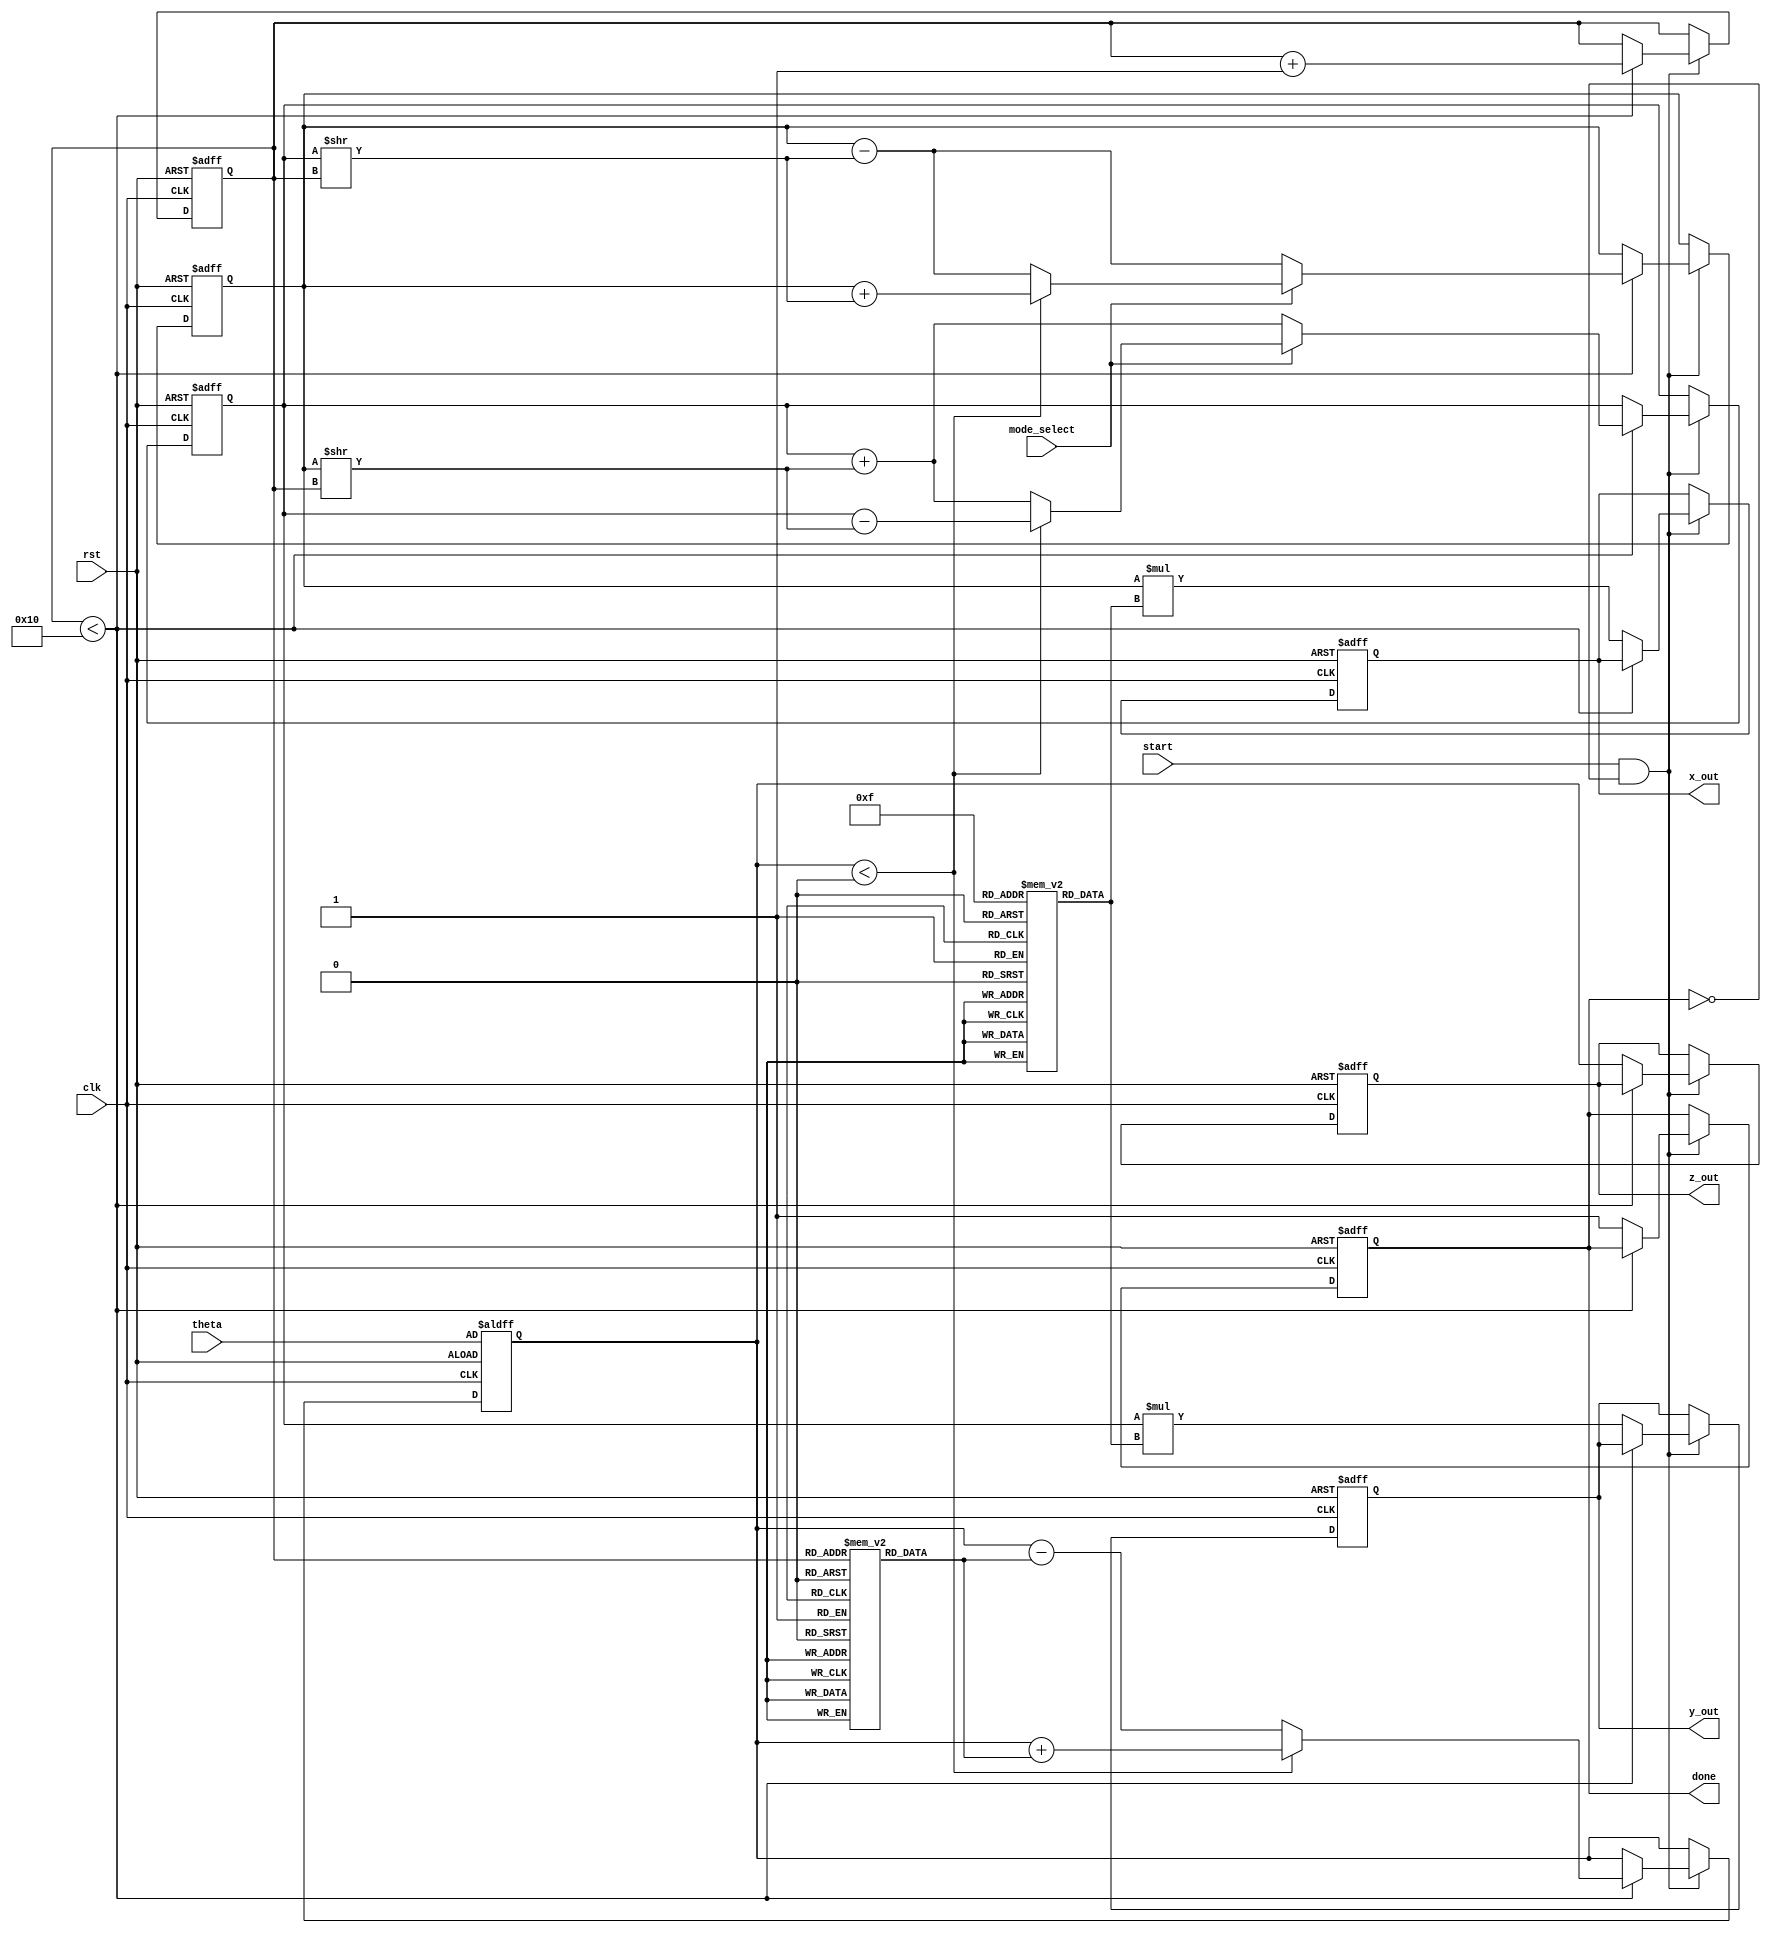
module cordic (
    input wire clk,
    input wire rst,
    input wire start,
    input wire mode_select, // 0 for rotation, 1 for vectoring
    input wire [31:0] theta, // Angle input in radians (fixed-point representation)
    output reg [31:0] x_out, // X output
    output reg [31:0] y_out, // Y output
    output reg [31:0] z_out, // Z output (only for vectoring)
    output reg done // Operation done signal
);

    // Parameters
    parameter N = 16; // Number of iterations
    parameter FIXED_POINT_FRACTIONAL_BITS = 16; // Fractional bits for fixed-point representation

    // Internal registers
    reg [31:0] x_reg;
    reg [31:0] y_reg;
    reg [31:0] z_reg;
    reg [3:0] iteration; // Iteration counter
    reg [31:0] atan_lut [0:N-1]; // LUT for arctangent values
    reg [31:0] gain_lut [0:N-1]; // LUT for gain values
    reg [31:0] D; // Direction control

    // Initialize LUTs (example values, should be precomputed)
    initial begin
        // Populate atan_lut with precomputed atan(2^-i) values
        atan_lut[0] = 32'h00000000; // atan(1) = 0
        atan_lut[1] = 32'h3F19999A; // atan(0.5) = 0.463647609
        atan_lut[2] = 32'h3E4CCCCD; // atan(0.25) = 0.244978663
        // Continue filling the LUT...
        
        // Populate gain_lut with precomputed gain values
        gain_lut[0] = 32'h00000001; // Gain for 0 iterations
        gain_lut[1] = 32'h3F000000; // Gain for 1 iteration
        gain_lut[2] = 32'h3E800000; // Gain for 2 iterations
        // Continue filling the LUT...
    end

    // State machine for CORDIC operation
    always @(posedge clk or posedge rst) begin
        if (rst) begin
            x_reg <= 32'h00000001; // Initial X value
            y_reg <= 32'h00000000; // Initial Y value
            z_reg <= theta; // Initial angle
            iteration <= 0;
            done <= 0;
            x_out <= 0;
            y_out <= 0;
            z_out <= 0;
        end else if (start && !done) begin
            if (iteration < N) begin
                // Determine direction D based on the current angle z_reg
                if (mode_select == 0) begin // Rotation mode
                    if (z_reg < 0) begin
                        D <= 32'hFFFFFFFF; // -1 for left rotation
                        z_reg <= z_reg + atan_lut[iteration];
                    end else begin
                        D <= 32'h00000001; // +1 for right rotation
                        z_reg <= z_reg - atan_lut[iteration];
                    end
                    // CORDIC rotation update
                    x_reg <= x_reg - (y_reg >> iteration);
                    y_reg <= y_reg + (x_reg >> iteration);
                end else begin // Vectoring mode
                    if (z_reg < 0) begin
                        D <= 32'hFFFFFFFF; // -1 for left rotation
                        z_reg <= z_reg + atan_lut[iteration];
                        x_reg <= x_reg + (y_reg >> iteration);
                        y_reg <= y_reg - (x_reg >> iteration);
                    end else begin
                        D <= 32'h00000001; // +1 for right rotation
                        z_reg <= z_reg - atan_lut[iteration];
                        x_reg <= x_reg - (y_reg >> iteration);
                        y_reg <= y_reg + (x_reg >> iteration);
                    end
                end
                iteration <= iteration + 1;
            end else begin
                // Final scaling
                x_out <= x_reg * gain_lut[N-1]; // Scale final X output
                y_out <= y_reg * gain_lut[N-1]; // Scale final Y output
                z_out <= z_reg; // Final angle output
                done <= 1; // Indicate operation is done
            end
        end
    end
endmodule